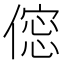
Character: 𠍌